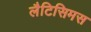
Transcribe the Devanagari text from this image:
लैटिसिमस